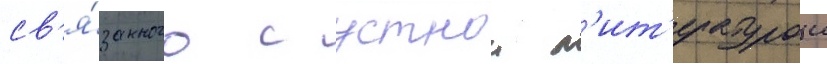
св'я́занного с устнои л'ит'ературои